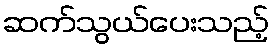
ဆက်သွယ်ပေးသည့်